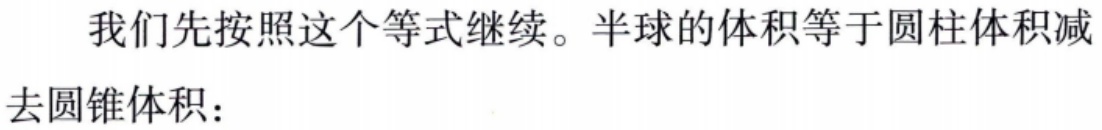
我们先按照这个等式继续。半球的体积等于圆柱体积减去圆锥体积：